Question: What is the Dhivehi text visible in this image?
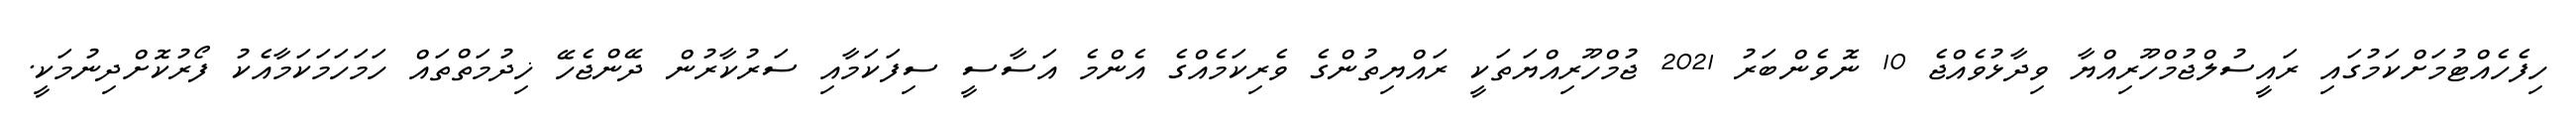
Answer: ހިފެހެއްޓުމަށްކަމުގައި ރައީސުލްޖުމްހޫރިއްޔާ ވިދާޅުވެއްޖެ 10 ނޮވެންބަރު 2021 ޖުމްހޫރިއްޔަތަކީ ރައްޔިތުންގެ ވެރިކަމެއްގެ އެންމެ އަސާސީ ސިފަކަމާއި ސަރުކާރުން ދޭންޖެހޭ ޚިދުމަތްތައް ހަމަހަމަކަމާއެކު ފޯރުކޮށްދިނުމަކީ.